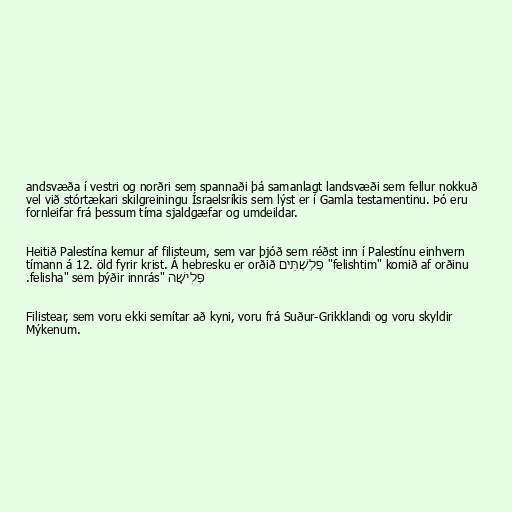
andsvæða í vestri og norðri sem spannaði þá samanlagt landsvæði sem fellur nokkuð
vel við stórtækari skilgreiningu Ísraelsríkis sem lýst er í Gamla testamentinu. Þó eru
fornleifar frá þessum tíma sjaldgæfar og umdeildar.

Heitið Palestína kemur af filisteum, sem var þjóð sem réðst inn í Palestínu einhvern
tímann á 12. öld fyrir krist. Á hebresku er orðið פְּלְשְׁתִּים "felishtim" komið af orðinu
פְּלִישָׁה "felisha" sem þýðir innrás.

Filistear, sem voru ekki semítar að kyni, voru frá Suður-Grikklandi og voru skyldir
Mýkenum.